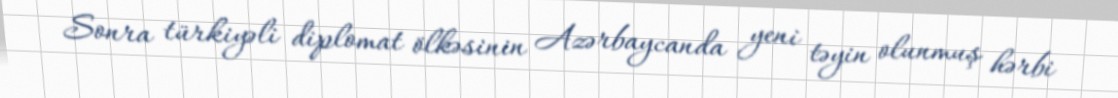
Sonra türkiyəli diplomat ölkəsinin Azərbaycanda yeni təyin olunmuş hərbi